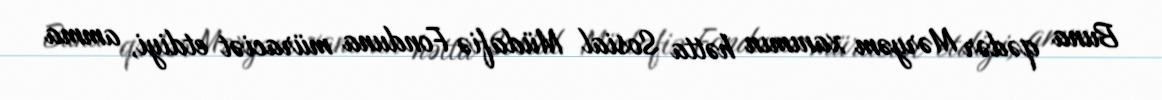
Buna qədər Məryəm xanımın hətta Sosial Müdafiə Fonduna müraciət etdiyi, amma